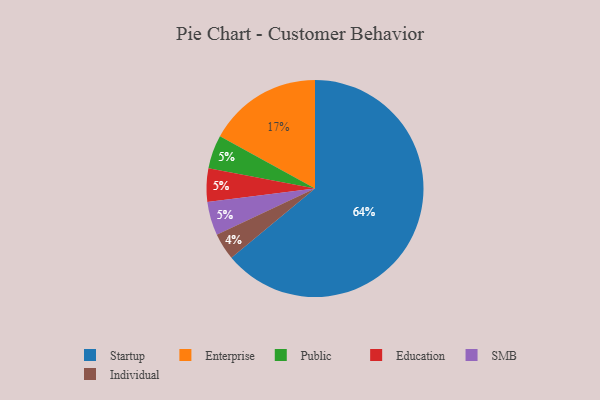
{"axis": {"x": "Category", "y": "Percentage"}, "legend": ["Education", "Enterprise", "Individual", "Public", "SMB", "Startup"], "data": [{"x": "Startup", "y": 64, "type": "Startup"}, {"x": "Public", "y": 5, "type": "Public"}, {"x": "Individual", "y": 4, "type": "Individual"}, {"x": "Education", "y": 5, "type": "Education"}, {"x": "Enterprise", "y": 17, "type": "Enterprise"}, {"x": "SMB", "y": 5, "type": "SMB"}]}